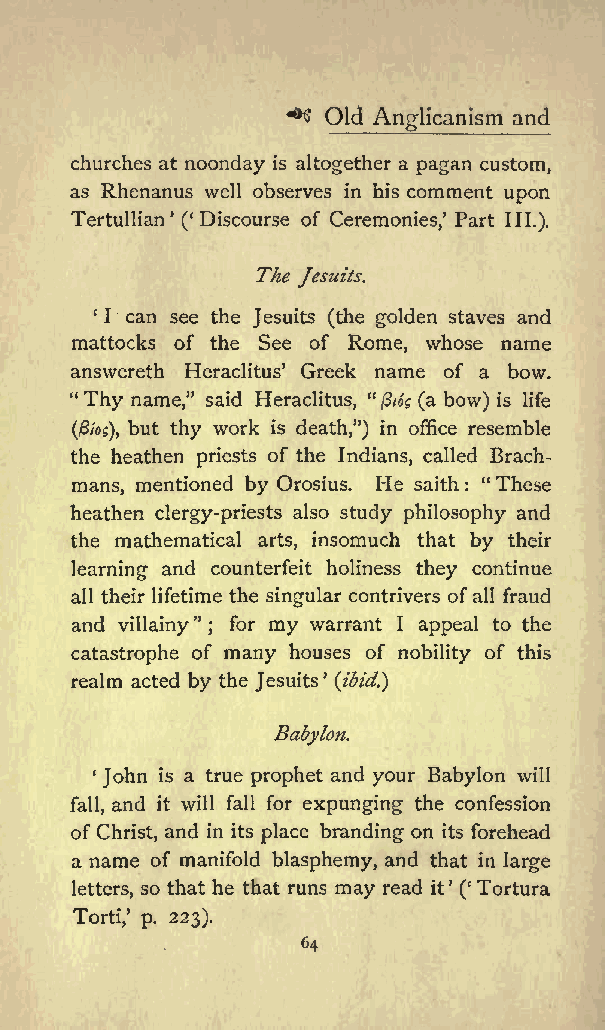
^
 Old          and
 Anglicanism
 churches at noonday is altogether a pagan custom,
 as Rhenanus well observes in his comment upon
 Tertullian ( Discourse of Ceremonies, Part III.).
 The
 Jesuits.
 1 1 can see the Jesuits (the golden staves and
 mattocks of the See of Rome, whose name
 answereth Heraclitus Greek name of a bow.
 &quot;Thy name,&quot; said Heraclitus, &quot;J3i6s (a bow) is life
 (frog), but thy work is death,&quot;) in office resemble
 the heathen priests of the Indians, called Brach-
 mans, mentioned by Orosius. He saith : &quot;These
 heathen clergy-priests also study philosophy and
 the mathematical arts, insomuch that by their
 learning and counterfeit holiness they continue
 all their lifetime the singular contrivers ofall fraud
 and villainy&quot;
 ;
 for my warrant I appeal to the
 catastrophe of many houses of nobility of this
 realm acted by the Jesuits (ibid.}
 Babylon.
 John is a true prophet and your Babylon will
 fall, and it will fall for expunging the confession
 of Christ, and in its place branding on its forehead
 a name of manifold blasphemy, and that in large
 letters, so that he that runs may read it ( Tortura
 Torti, p. 223).
 64